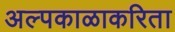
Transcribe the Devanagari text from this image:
अल्पकाळाकरिता